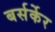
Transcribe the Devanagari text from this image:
बर्सर्केर